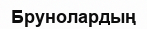
Брунолардың